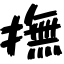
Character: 撫